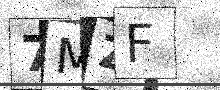
Text: 7MZF